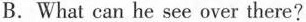
B.What can he see over there?